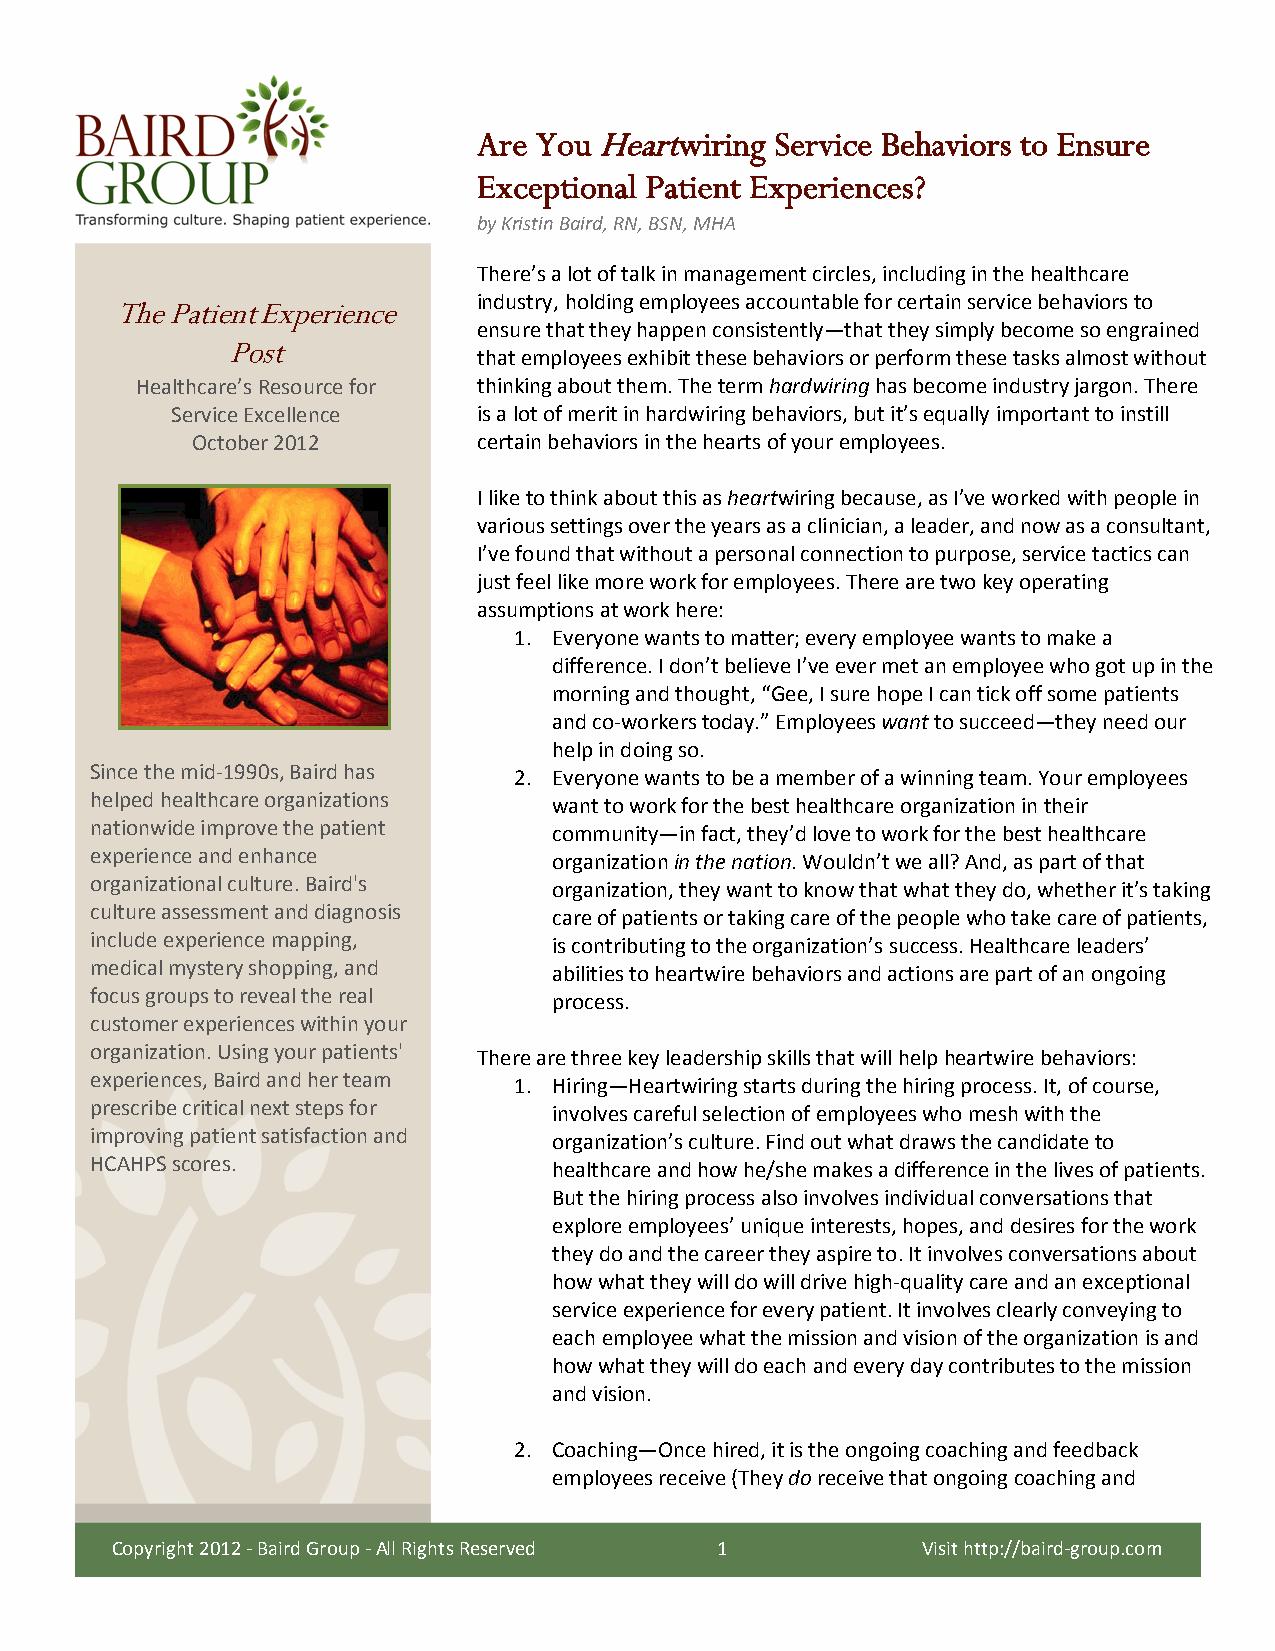
Are You Heartwiring Service Behaviors to Ensure
 Exceptional Patient Experiences?
 by Kristin Baird, RN, BSN, MHA
 There’s a lot of talk in management circles, including in the healthcare
 industry, holding employees accountable for certain service behaviors to
 The PatientExperience
 ensure that they happen consistently—that they simply become so engrained
 Post
 that employees exhibit these behaviors or perform these tasks almost without
 Healthcare’s Resource for thinking about them. The term hardwiring has become industry jargon. There
 Service Excellence   is a lot of merit in hardwiring behaviors, but it’s equally important to instill
 October 2012       certain behaviors in the hearts of your employees.
 I like to think about this as heartwiring because, as I’ve worked with people in
 various settings over the years as a clinician, a leader, and now as a consultant,
 I’ve found that without a personal connection to purpose, service tactics can
 just feel like more work for employees. There are two key operating
 assumptions at work here:
 1. Everyone wants to matter; every employee wants to make a
 difference. I don’t believe I’ve ever met an employee who got up in the
 morning and thought, “Gee, I sure hope I can tick off some patients
 and co-workers today.” Employees want to succeed—they need our
 help in doing so.
 Since the mid-1990s, Baird has
 2. Everyone wants to be a member of a winning team. Your employees
 helped healthcare organizations
 want to work for the best healthcare organization in their
 nationwide improve the patient
 community—in fact, they’d love to work for the best healthcare
 experience and enhance         organization in the nation. Wouldn’t we all? And, as part of that
 organizational culture. Baird's
 organization, they want to know that what they do, whether it’s taking
 culture assessment and diagnosis
 care of patients or taking care of the people who take care of patients,
 include experience mapping,
 is contributing to the organization’s success. Healthcare leaders’
 medical mystery shopping, and
 abilities to heartwire behaviors and actions are part of an ongoing
 focus groups to reveal the real
 process.
 customer experiences within your
 organization. Using your patients'
 There are three key leadership skills that will help heartwire behaviors:
 experiences, Baird and her team
 1. Hiring—Heartwiring starts during the hiring process. It, of course,
 prescribe critical next steps for
 involves careful selection of employees who mesh with the
 improving patient satisfaction and
 organization’s culture. Find out what draws the candidate to
 HCAHPS scores.
 healthcare and how he/she makes a difference in the lives of patients.
 But the hiring process also involves individual conversations that
 explore employees’ unique interests, hopes, and desires for the work
 they do and the career they aspire to. It involves conversations about
 how what they will do will drive high-quality care and an exceptional
 service experience for every patient. It involves clearly conveying to
 each employee what the mission and vision of the organization is and
 how what they will do each and every day contributes to the mission
 and vision.
 2. Coaching—Once hired, it is the ongoing coaching and feedback
 employees receive (They do receive that ongoing coaching and
 Copyright 2012 - Baird Group - All Rights Reserved 1  Visit http://baird-group.com